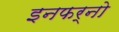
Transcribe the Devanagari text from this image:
इनफर्नो